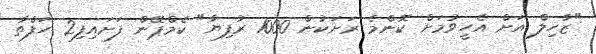
"ޒާހިލް އަށް އެހީވުމަށް ކޮންމެ ރަށަކުން 1000 ރުފިޔާ" ކެމްޕޭން ފަށައިފި2 ހަފްތާ